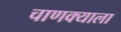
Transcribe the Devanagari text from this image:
चाणक्याला